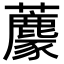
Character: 𧄟